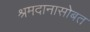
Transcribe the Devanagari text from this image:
श्रमदानासोबत